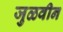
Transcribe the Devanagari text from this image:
जुळवीन